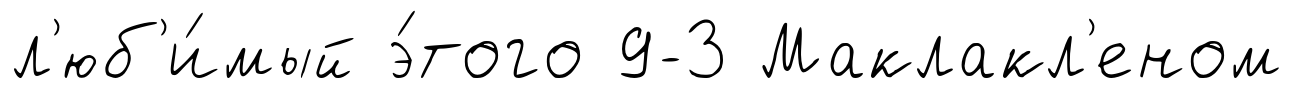
л'юб'и́мый э́того 9-3 Маклакл'еном